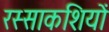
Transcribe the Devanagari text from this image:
रस्साकशियों